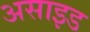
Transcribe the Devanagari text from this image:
असाइड